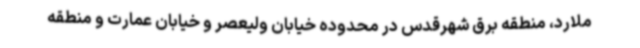
ملارد، منطقه برق شهرقدس در محدوده خیابان ولیعصر و خیابان عمارت و منطقه